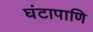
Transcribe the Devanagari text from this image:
घंटापाणि